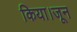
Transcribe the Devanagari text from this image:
किया।जून